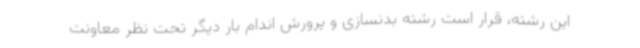
این رشته، قرار است رشته بدنسازی و پرورش اندام بار دیگر تحت نظر معاونت